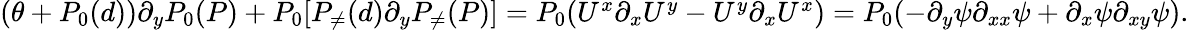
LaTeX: \begin{array}{r}{(\theta+P_{0}(d))\partial_{y}P_{0}(P)+P_{0}[P_{\neq}(d)\partial_{y}P_{\neq}(P)]=P_{0}(U^{x}\partial_{x}U^{y}-U^{y}\partial_{x}U^{x})=P_{0}(-\partial_{y}\psi\partial_{xx}\psi+\partial_{x}\psi\partial_{xy}\psi).}\end{array}